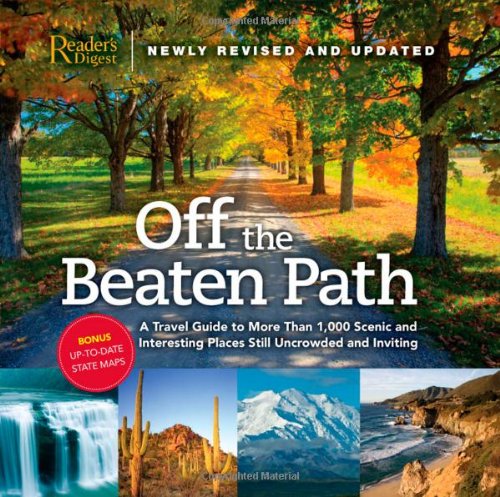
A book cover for Off the Beaten Path: A Travel Guide to More Than 1000 Scenic and Interesting Places Still Uncrowded and Inviting; Mystery, Thriller & Suspense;